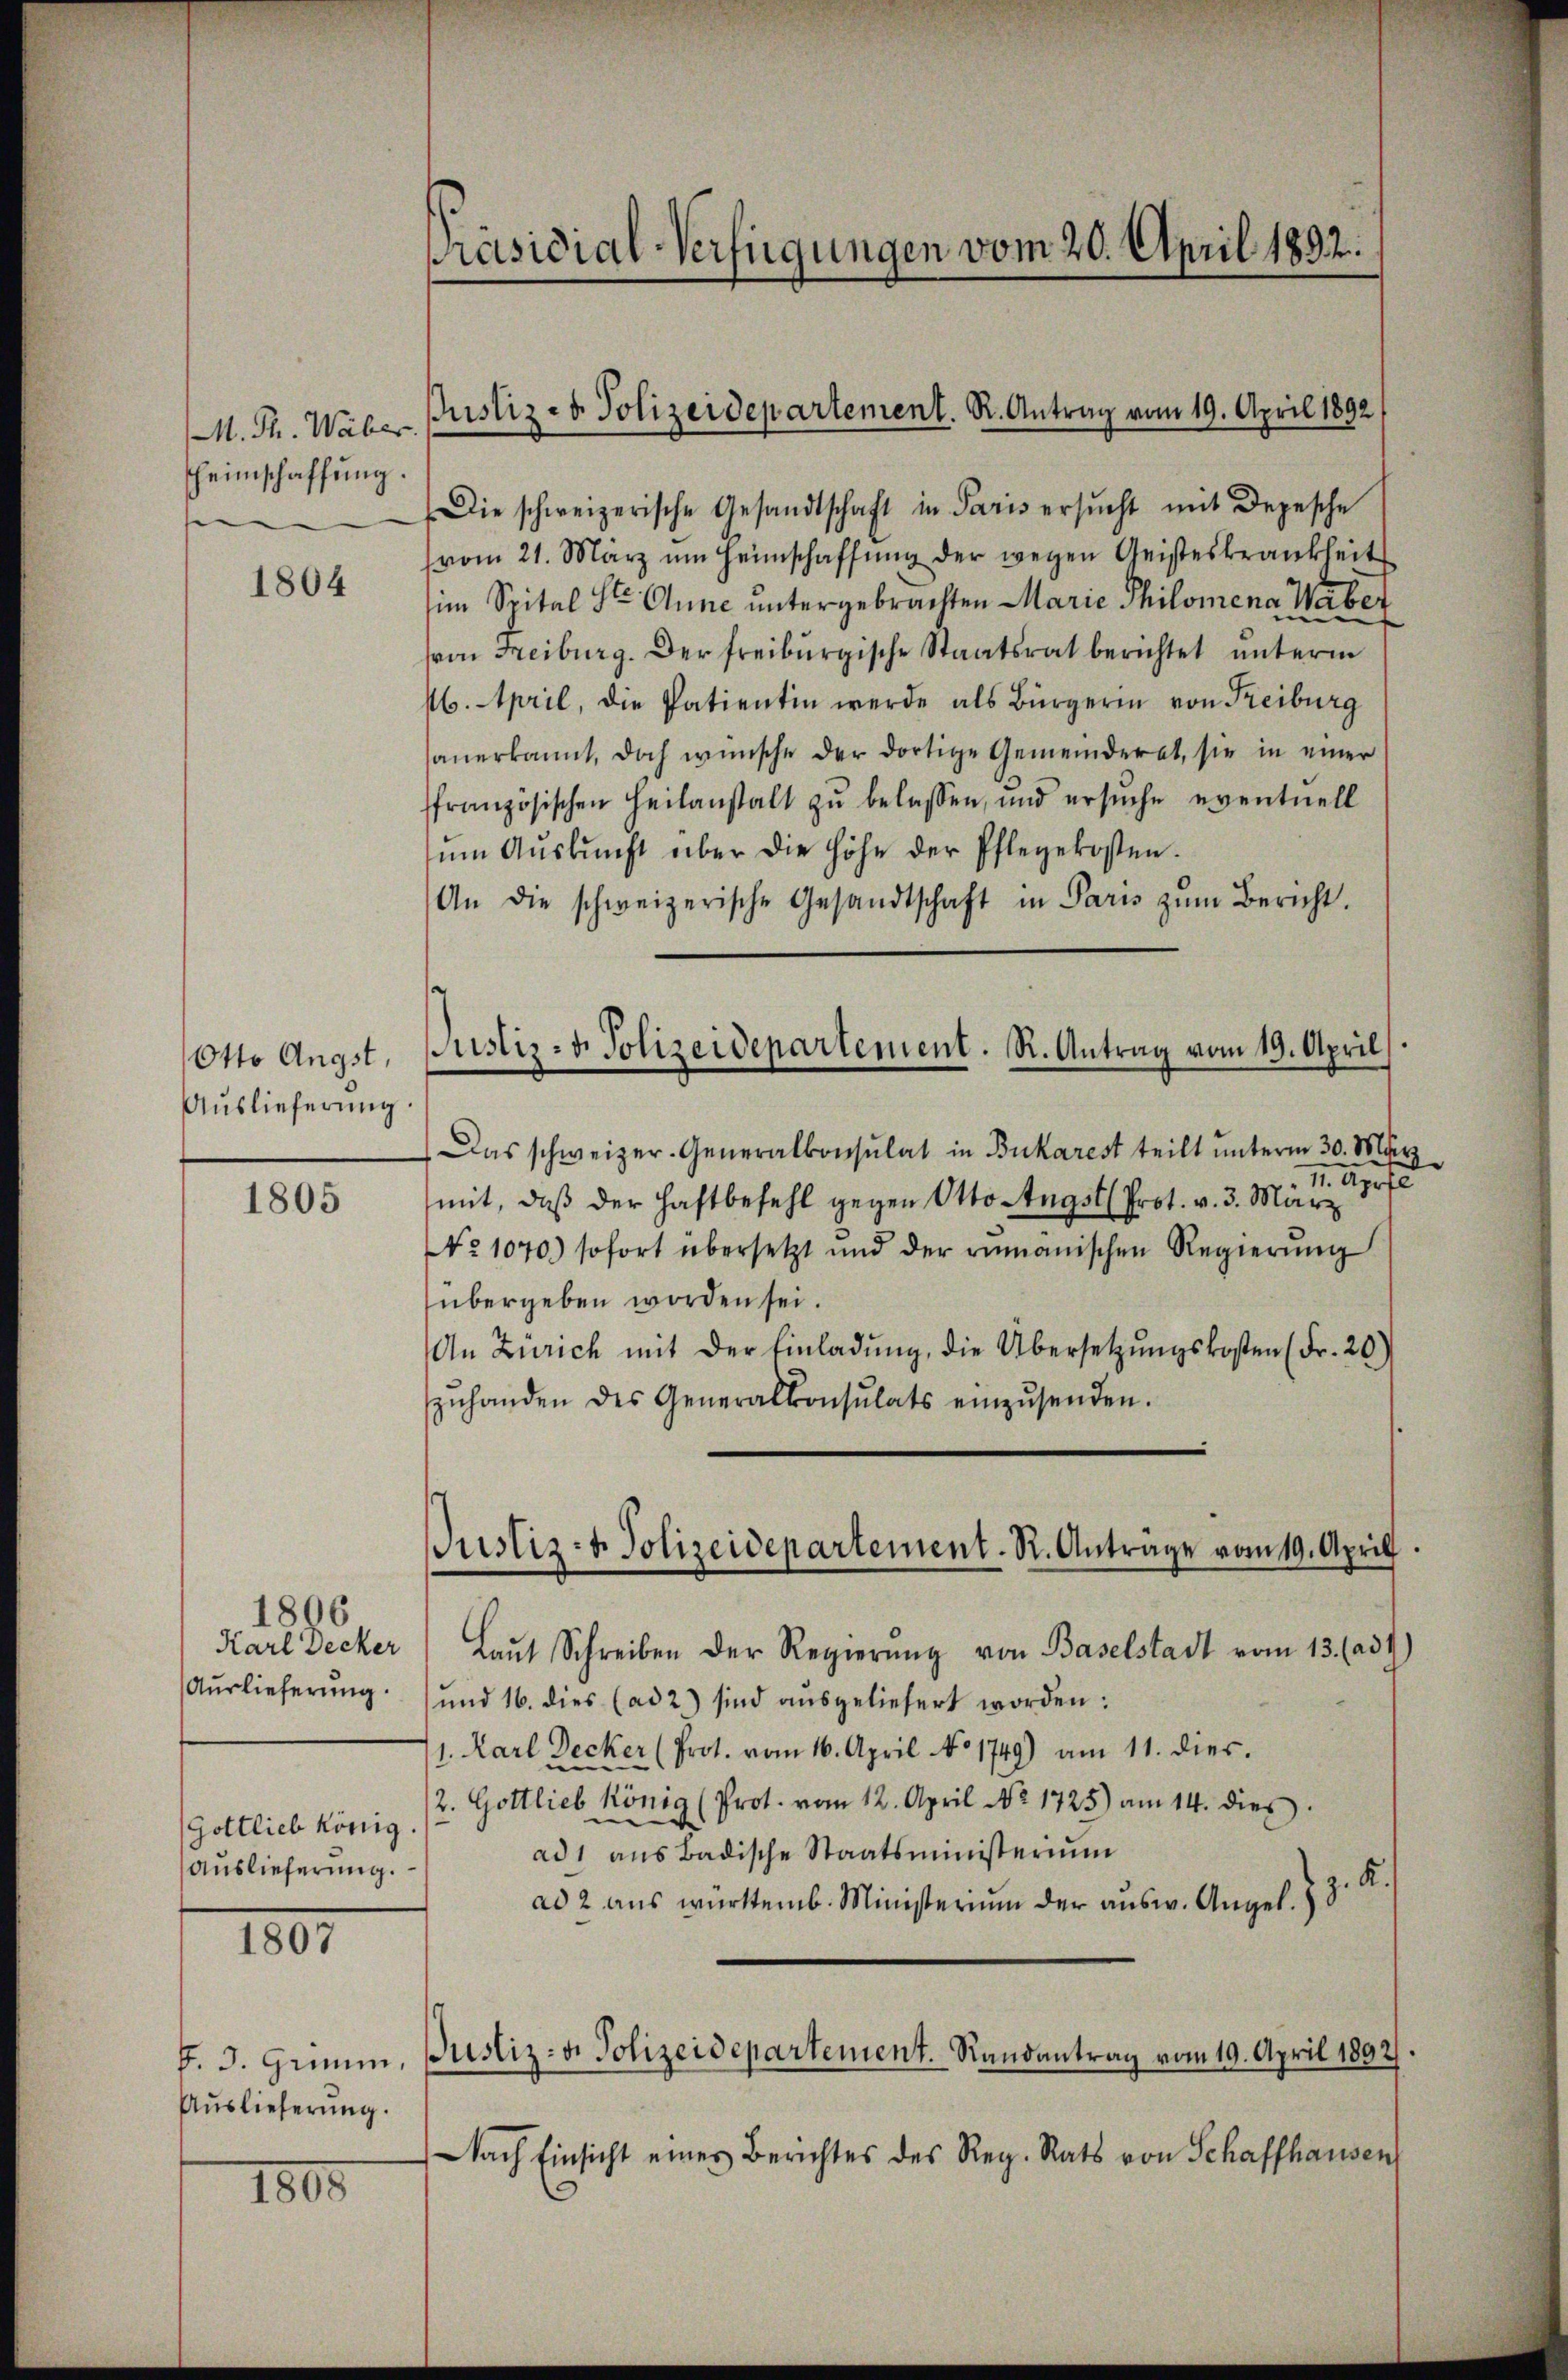
. Th. Weber.
heimschaffung.
se

1804

Otto Angst,
Auslieferung

1805

1806
Karl Decker
Auslieferung.
Gottlieb könig
Auslieferung.

1807

Auslieferung.

1800

Präsidial-Verfügungen vom 20. April 1832.

Die schweizerische Gesandtschaft in Paris ersŭcht mit Depesche
(vom 21. März um Heimschaffŭng der wegen Geisteskrankheit
im Spital St. Ohne untergebrachten Marie Philomena Waber
von Freiburg. Der freiburgische Staatsrat berichtet unterm
16. April, die Patientin werde als Bürgerin von Freiburg
anerkannt, doch wünsche der dortige Gemeinderat, sie in einer
ffranzösischen Heilanstalt zŭ belassen, und ersŭche eventuell
ŭm Aŭskŭnft über die Höhe der Pflegekosten.
An die schweizerische Gesandtschaft in Paris zŭm Bericht.
Das schweizer. Generalkonsulat in Bukarest teilt unterm 30. Mär
I Apfe
mit, daß der Haftbefehl gegen Otto Angst Prot. v. 3. März
No 1070.) sofort übersetzt und der rumänischen Regierŭng
übergeben worden sei.
An Zürich mit der Einladŭng, die Übersetzŭngskosten (Fr. 20)
zŭhanden des Generalkonsulats einzŭsenden.
Laŭt Schreiben der Regierŭng von Baselstadt vom 13. (ad1)
und 16. dies (ad 2) sind ausgeliefert worden:
/1. Karl Decker (Prot. vom 16. April No 1749) am 11. dies.
2. Gottlieb König (Prot. vom 12. April Nr. 1725) am 14. dies
ad 1 aus badische Staatsministerium
ad 2 aŭs württemb. Ministerium der aŭsw. Angel. Z. 3. K.
f. J. Grimm. Justiz- u. Polizeidepartement. Randantrag vom 19. April 1892/
Nach Einsicht eines Berichtes des Reg. Rats von Schaffhausen

Justiz- & Polizeidepartement. R. Antrag vom 19. April 1892

Justiz- & Polizeidepartement. R. Antrag vom 19. April

Justiz- & Polizeidepartement. R. Anträge vom 19. April